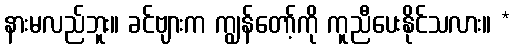
နားမလည်ဘူး။ ခင်ဗျားက ကျွန်တော့်ကို ကူညီပေးနိုင်သလား။ *